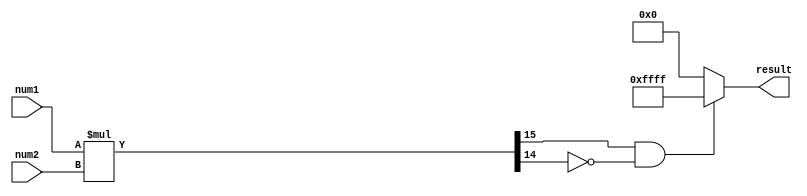
module signed_multiplier (
    input signed [7:0] num1,
    input signed [7:0] num2,
    output reg signed [15:0] result
);

reg signed [15:0] product;

always @(num1, num2) begin
    product = num1 * num2;
    if ((product[15] & ~product[14]) == 1'b1) begin
        result = 16'b1111_1111_1111_1111; // Handle overflow
    end else if ((product[15] & ~product[14]) == 1'b0) begin
        result = 16'b0000_0000_0000_0000; // Handle underflow
    end else begin
        result = product;
    end
end

endmodule